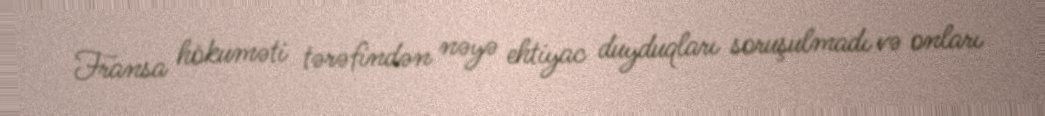
Fransa hökuməti tərəfindən nəyə ehtiyac duyduqları soruşulmadı və onları